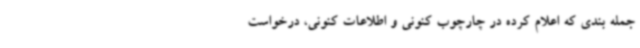
جمله بندی که اعلام کرده در چارچوب کنونی و اطلاعات کنونی، درخواست